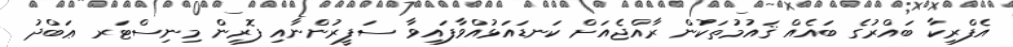
އެފްރިކާ ބައްރުގެ ބައެއް ޤައުމުތަކުން ރާއްޖެއަށް ކަނޑައަޅުއްވާފައިވާ ސަފީރުންނާއި ފޮރިން މިނިސްޓަރ ޢަބްދު